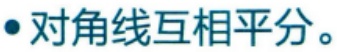
$\bullet$ 对角线互相平分。